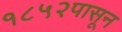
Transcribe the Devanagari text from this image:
१८५२पासून